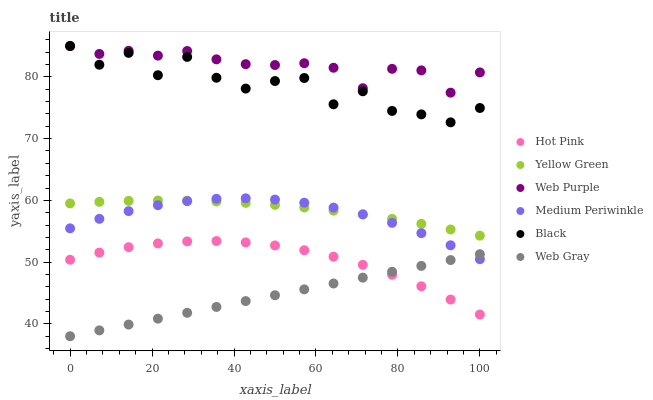
| xaxis_label | Hot Pink | Yellow Green | Web Purple | Medium Periwinkle | Black | Web Gray |
 | --- | --- | --- | --- | --- | --- | --- |
 | 0 | 50.4 | 59.5 | 85 | 55.5 | 85 | 38 |
 | 7.14 | 51.5 | 59.8 | 83.7 | 57 | 82 | 38.9 |
 | 14.3 | 52.4 | 59.9 | 84.2 | 58.3 | 83.9 | 39.9 |
 | 21.4 | 53 | 60 | 83.4 | 59.2 | 80.3 | 40.8 |
 | 28.6 | 53.4 | 60 | 84.2 | 59.9 | 83.2 | 41.8 |
 | 35.7 | 53.4 | 59.8 | 82.8 | 60.3 | 79.9 | 42.7 |
 | 42.9 | 53.2 | 59.6 | 82.1 | 60.3 | 78.1 | 43.7 |
 | 50 | 52.7 | 59.3 | 81.9 | 60.1 | 79.3 | 44.6 |
 | 57.1 | 51.9 | 58.9 | 82.2 | 59.6 | 79.8 | 45.6 |
 | 64.3 | 50.9 | 58.3 | 81.5 | 58.8 | 75.6 | 46.5 |
 | 71.4 | 49.6 | 57.7 | 78.2 | 57.7 | 77.7 | 47.5 |
 | 78.6 | 48 | 57 | 81.3 | 56.4 | 74.5 | 48.4 |
 | 85.7 | 46.1 | 56.2 | 81.1 | 54.7 | 73.9 | 49.4 |
 | 92.9 | 43.9 | 55.3 | 77.4 | 52.7 | 72.6 | 50.3 |
 | 100 | 41.5 | 54.3 | 80.7 | 50.5 | 75 | 51.3 |